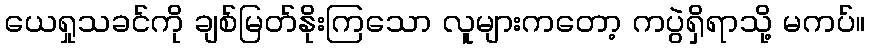
ယေရှုသခင်ကို ချစ်မြတ်နိုးကြသော လူများကတော့ ကပွဲရှိရာသို့ မကပ်။